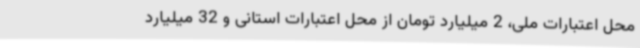
محل اعتبارات ملی، 2 میلیارد تومان از محل اعتبارات استانی و 32 میلیارد